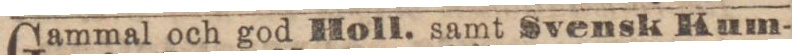
Gammal och god Holl. samt Svensk Kum-